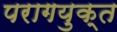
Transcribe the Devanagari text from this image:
परागयुक्त